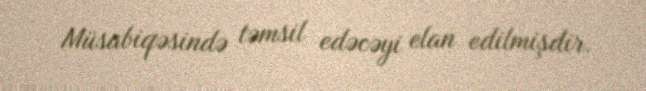
Müsabiqəsində təmsil edəcəyi elan edilmişdir.